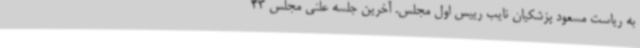
به ریاست مسعود پزشکیان نایب رییس اول مجلس. آخرین جلسه علنی مجلس 43